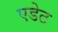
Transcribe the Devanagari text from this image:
एडेट